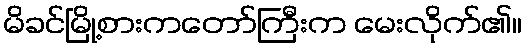
မိခင်မြို့စားကတော်ကြီးက မေးလိုက်၏။